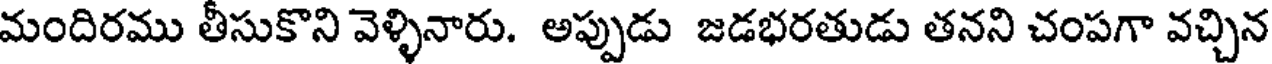
మందిరము తీసుకొని వెళ్ళినారు. అప్పుడు జడభరతుడు తనని చంపగా వచ్చిన